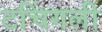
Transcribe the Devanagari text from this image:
टचिंगली